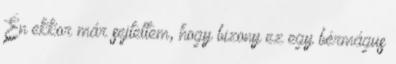
Én ekkor már sejtettem, hogy bizony ez egy bérmágus